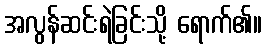
အလွန်ဆင်းရဲခြင်းသို့ ရောက်၏။